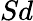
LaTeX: Sd